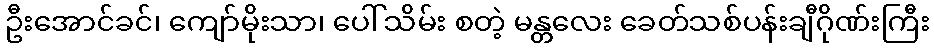
ဦးအောင်ခင်၊ ကျော်မိုးသာ၊ ပေါ်သိမ်း စတဲ့ မန္တလေး ခေတ်သစ်ပန်းချီဂိုဏ်းကြီး